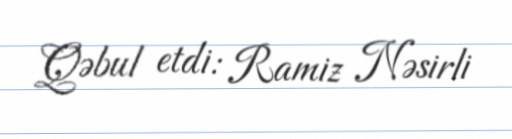
Qəbul etdi: Ramiz Nəsirli